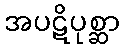
အပဋိပုစ္ဆာ